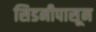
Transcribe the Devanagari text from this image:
सिडनीपासून